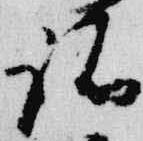
諸